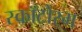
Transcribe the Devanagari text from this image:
स्कॉटोरम